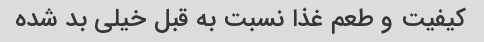
کیفیت و طعم غذا نسبت به قبل خیلى بد شده